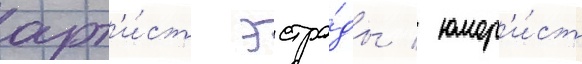
арт'и́ст эстра́ды / юмор'и́ст